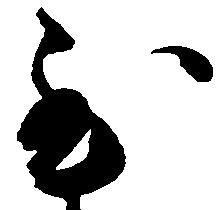
至